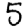
Digit: 5